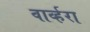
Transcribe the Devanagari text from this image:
वार्व्हरा